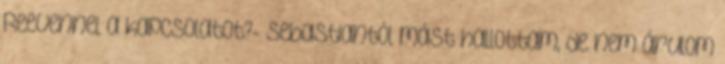
Reevennel a kapcsolatot?- Sebastiantól mást hallottam, de nem árulom